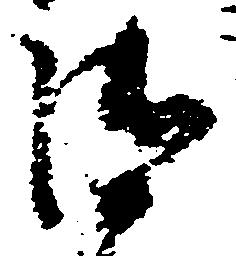
御